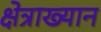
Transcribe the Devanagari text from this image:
क्षेत्राख्यान